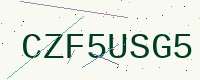
Text: CZF5USG5